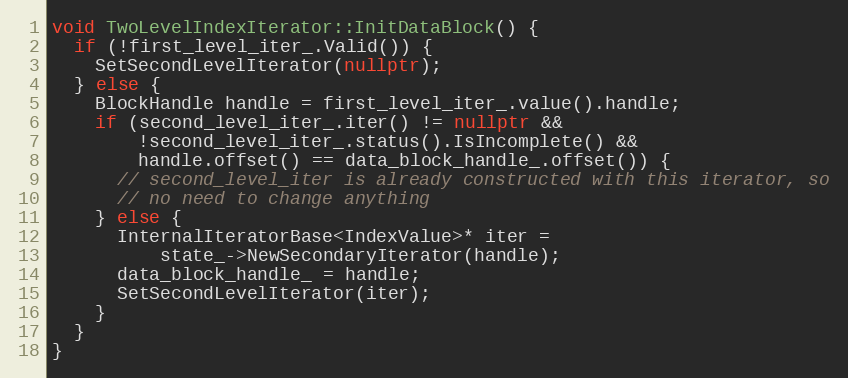
Language: C++
void TwoLevelIndexIterator::InitDataBlock() {
  if (!first_level_iter_.Valid()) {
    SetSecondLevelIterator(nullptr);
  } else {
    BlockHandle handle = first_level_iter_.value().handle;
    if (second_level_iter_.iter() != nullptr &&
        !second_level_iter_.status().IsIncomplete() &&
        handle.offset() == data_block_handle_.offset()) {
      // second_level_iter is already constructed with this iterator, so
      // no need to change anything
    } else {
      InternalIteratorBase<IndexValue>* iter =
          state_->NewSecondaryIterator(handle);
      data_block_handle_ = handle;
      SetSecondLevelIterator(iter);
    }
  }
}